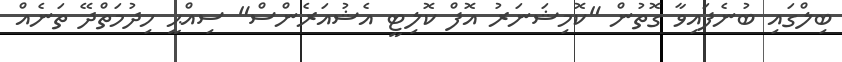
ބިލްގައި ބުނެފައިވާ ގޮތުން "ކޮމިޝަނަރު އޮފް ކޮލިޓީ އެޝުއަރެންސް" ސިއްޙީ ހިދުމަތްދޭ ތަނެއް